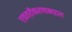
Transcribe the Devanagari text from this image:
एकत्रीकरणाबद्दल